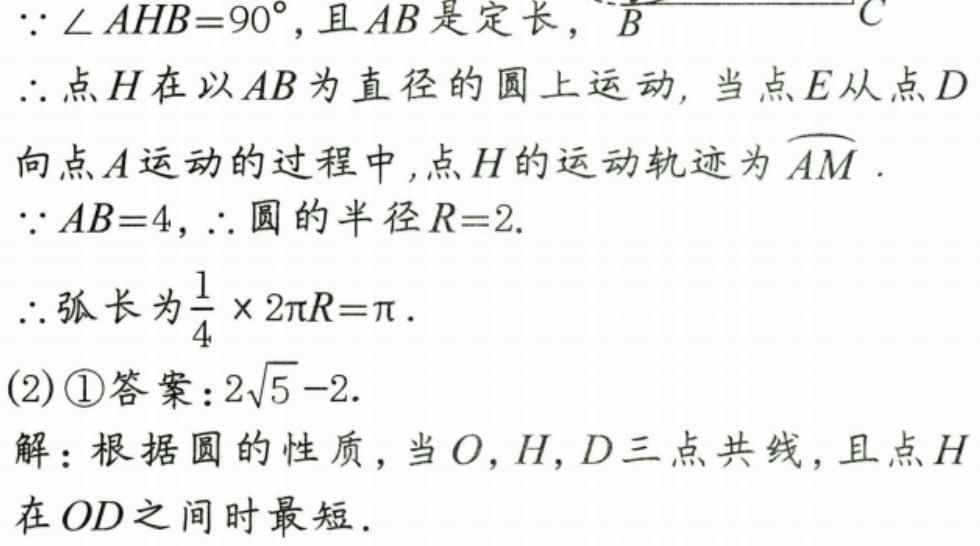
\(\because\angle AHB = 90^{\circ}\), 且 \(AB\) 是定长，
\(\therefore\) 点 \(H\) 在以 \(AB\) 为直径的圆上运动, 当点 \(E\) 从点 \(D\)
向点 \(A\) 运动的过程中, 点 \(H\) 的运动轨迹为 \(\overset{\frown}{AM}\).
\(\because AB = 4\), \(\therefore\) 圆的半径 \(R = 2\).
\(\therefore\) 弧长为 \(\frac{1}{4}\times2\pi R=\pi\).
(2) \textcircled{1}答案：\(2\sqrt{5}-2\).
解：根据圆的性质，当 \(O\), \(H\), \(D\) 三点共线，且点 \(H\)
在 \(OD\) 之间时最短.